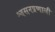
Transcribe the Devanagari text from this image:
श्वसनप्रणाली